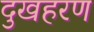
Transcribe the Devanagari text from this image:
दुखहरण